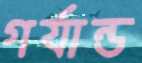
গর্যান্ড